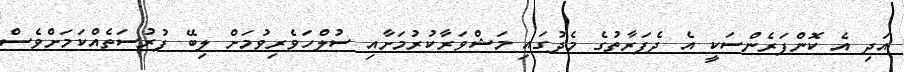
އަދި އެ ކޮންފަރެންސަކީ އެ ދެފަރާތުގެ މެދުގައި މަޝްވަރާކުރުމަށާއި ސުލްހަވެރިވުމަށް ލިބޭ ފުރުސަތެއްކަމަށްވެސް